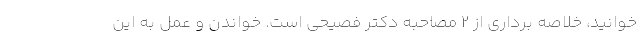
خوانید، خلاصه برداری از 2 مصاحبه دکتر فصیحی است. خواندن و عمل به این